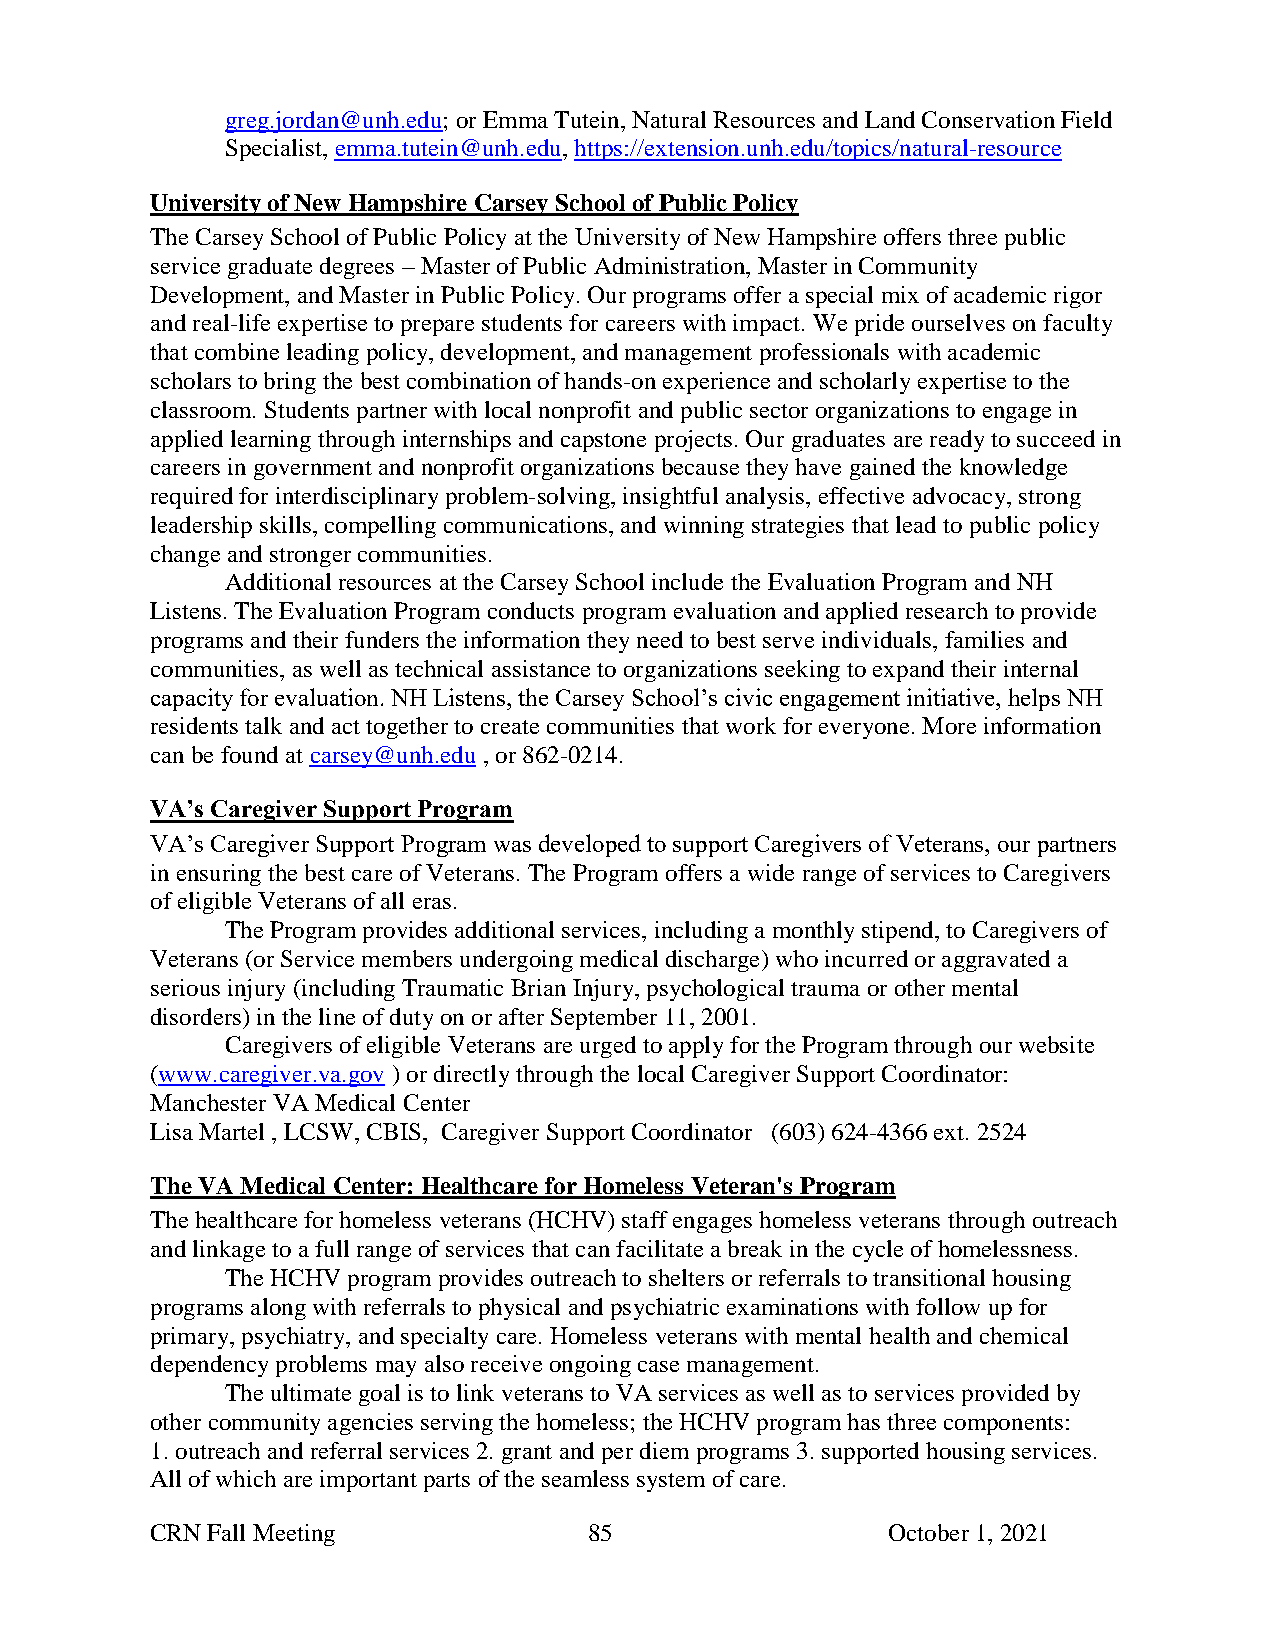
greg.jordan@unh.edu; or Emma Tutein, Natural Resources and Land Conservation Field
 Specialist, emma.tutein@unh.edu, https://extension.unh.edu/topics/natural-resource
 University of New Hampshire Carsey School of Public Policy
 The Carsey School of Public Policy at the University of New Hampshire offers three public
 service graduate degrees – Master of Public Administration, Master in Community
 Development, and Master in Public Policy. Our programs offer a special mix of academic rigor
 and real-life expertise to prepare students for careers with impact. We pride ourselves on faculty
 that combine leading policy, development, and management professionals with academic
 scholars to bring the best combination of hands-on experience and scholarly expertise to the
 classroom. Students partner with local nonprofit and public sector organizations to engage in
 applied learning through internships and capstone projects. Our graduates are ready to succeed in
 careers in government and nonprofit organizations because they have gained the knowledge
 required for interdisciplinary problem-solving, insightful analysis, effective advocacy, strong
 leadership skills, compelling communications, and winning strategies that lead to public policy
 change and stronger communities.
 Additional resources at the Carsey School include the Evaluation Program and NH
 Listens. The Evaluation Program conducts program evaluation and applied research to provide
 programs and their funders the information they need to best serve individuals, families and
 communities, as well as technical assistance to organizations seeking to expand their internal
 capacity for evaluation. NH Listens, the Carsey School’s civic engagement initiative, helps NH
 residents talk and act together to create communities that work for everyone. More information
 can be found at carsey@unh.edu , or 862-0214.
 VA’s Caregiver Support Program
 VA’s Caregiver Support Program was developed to support Caregivers of Veterans, our partners
 in ensuring the best care of Veterans. The Program offers a wide range of services to Caregivers
 of eligible Veterans of all eras.
 The Program provides additional services, including a monthly stipend, to Caregivers of
 Veterans (or Service members undergoing medical discharge) who incurred or aggravated a
 serious injury (including Traumatic Brian Injury, psychological trauma or other mental
 disorders) in the line of duty on or after September 11, 2001.
 Caregivers of eligible Veterans are urged to apply for the Program through our website
 (www.caregiver.va.gov ) or directly through the local Caregiver Support Coordinator:
 Manchester VA Medical Center
 Lisa Martel , LCSW, CBIS, Caregiver Support Coordinator (603) 624-4366 ext. 2524
 The VA Medical Center: Healthcare for Homeless Veteran's Program
 The healthcare for homeless veterans (HCHV) staff engages homeless veterans through outreach
 and linkage to a full range of services that can facilitate a break in the cycle of homelessness.
 The HCHV program provides outreach to shelters or referrals to transitional housing
 programs along with referrals to physical and psychiatric examinations with follow up for
 primary, psychiatry, and specialty care. Homeless veterans with mental health and chemical
 dependency problems may also receive ongoing case management.
 The ultimate goal is to link veterans to VA services as well as to services provided by
 other community agencies serving the homeless; the HCHV program has three components:
 1. outreach and referral services 2. grant and per diem programs 3. supported housing services.
 All of which are important parts of the seamless system of care.
 CRN Fall Meeting             85                  October 1, 2021